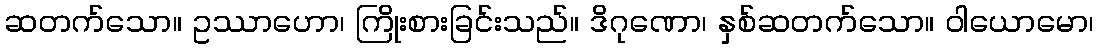
ဆတက်သော။ ဥဿာဟော၊ ကြိုးစားခြင်းသည်။ ဒိဂုဏော၊ နှစ်ဆတက်သော။ ဝါယောမော၊